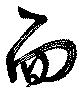
面